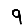
Digit: 9